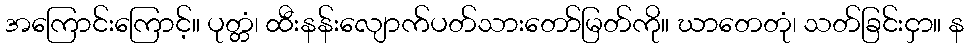
အကြောင်းကြောင့်။ ပုတ္တံ၊ ထီးနန်းလျောက်ပတ်သားတော်မြတ်ကို။ ဃာတေတုံ၊ သတ်ခြင်းငှာ။ န